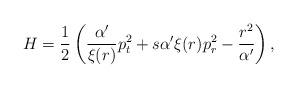
LaTeX: \begin{align*}H=\frac{1}{2}\left( \frac{\alpha'}{\xi(r)}p_t^2+s\alpha'\xi(r)p_r^2-\frac{r^2}{\alpha'}\right),\end{align*}